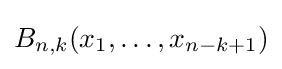
B_{n,k}(x_{1},\ldots ,x_{n-k+1})